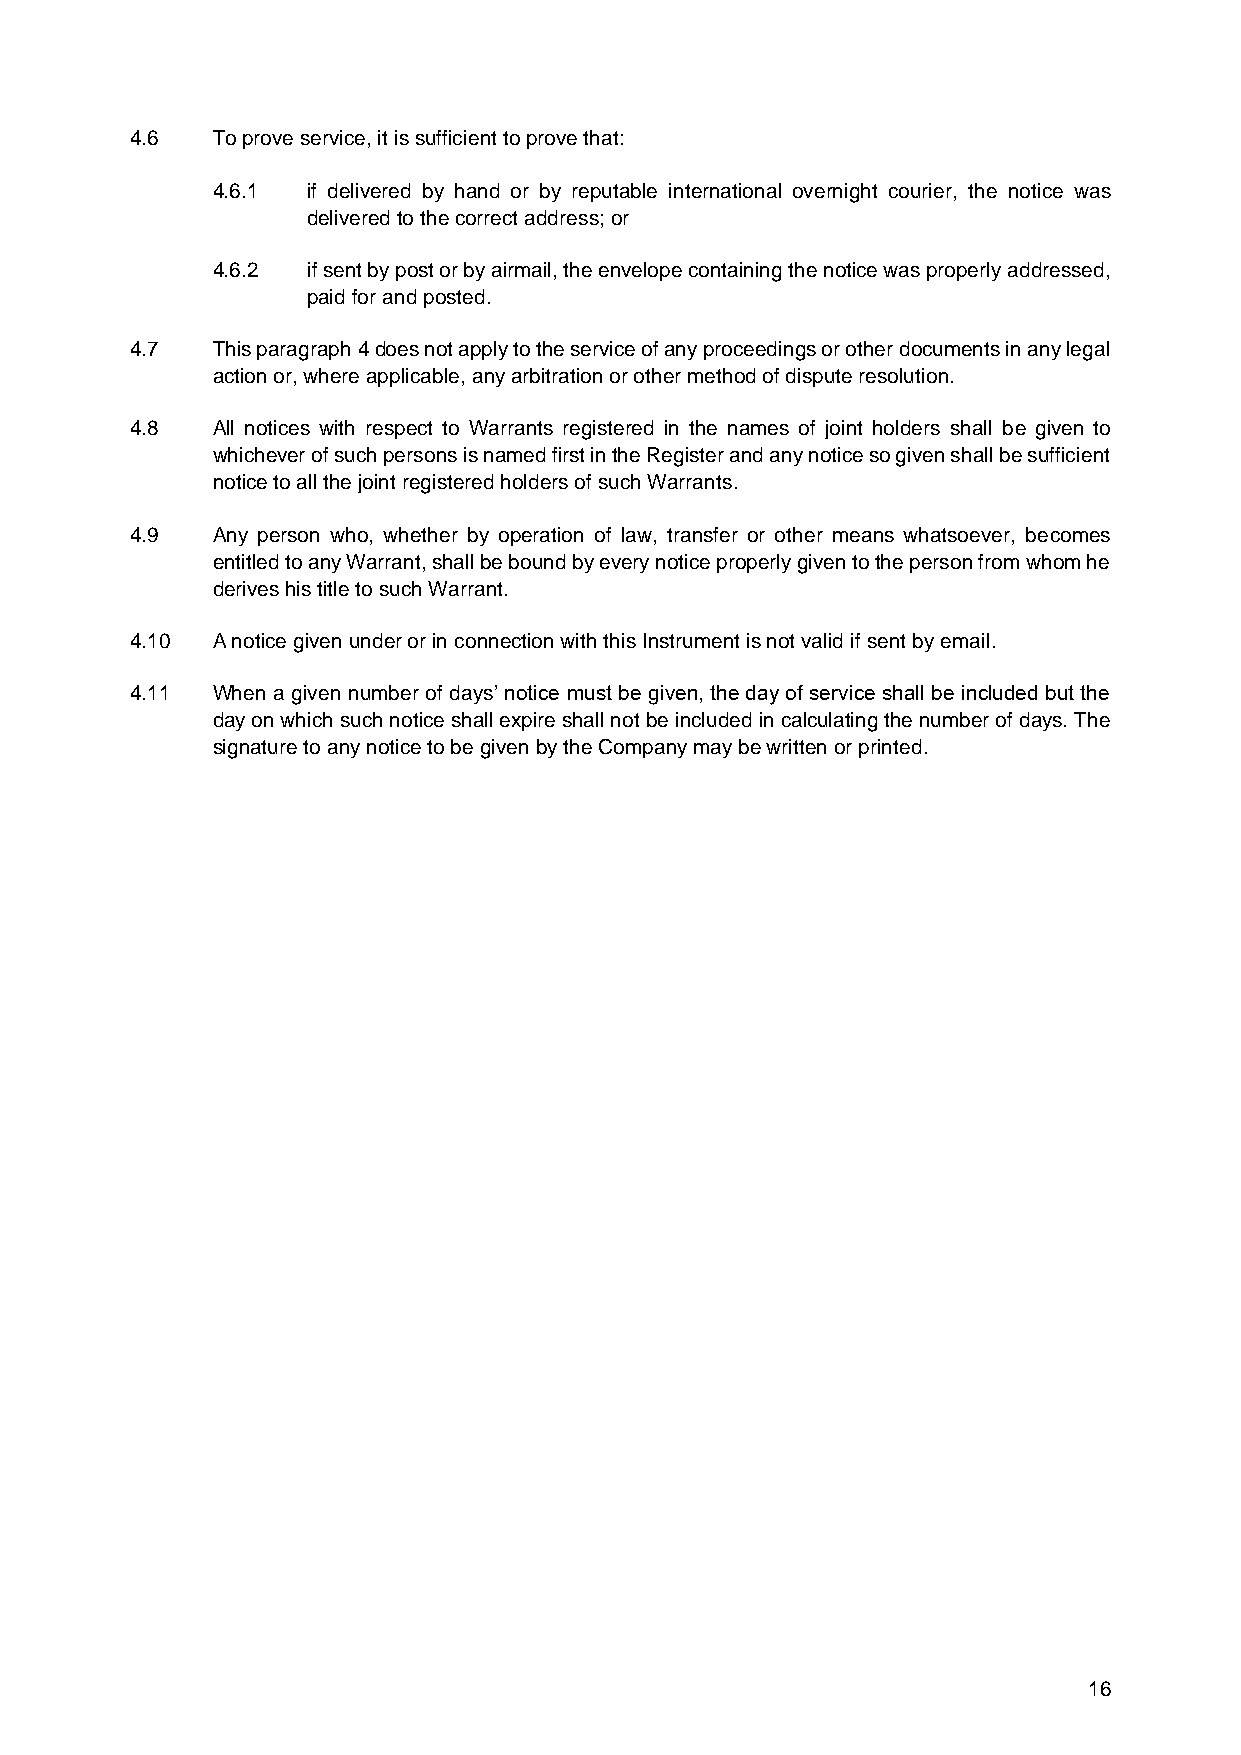
4.6  To prove service, it is sufficient to prove that:
 4.6.1 if delivered by hand or by reputable international overnight courier, the notice was
 delivered to the correct address; or
 4.6.2 if sent by post or by airmail, the envelope containing the notice was properly addressed,
 paid for and posted.
 4.7  This paragraph 4 does not apply to the service of any proceedings or other documents in any legal
 action or, where applicable, any arbitration or other method of dispute resolution.
 4.8  All notices with respect to Warrants registered in the names of joint holders shall be given to
 whichever of such persons is named first in the Register and any notice so given shall be sufficient
 notice to all the joint registered holders of such Warrants.
 4.9  Any person who, whether by operation of law, transfer or other means whatsoever, becomes
 entitled to any Warrant, shall be bound by every notice properly given to the person from whom he
 derives his title to such Warrant.
 4.10 A notice given under or in connection with this Instrument is not valid if sent by email.
 4.11 When a given number of days’ notice must be given, the day of service shall be included but the
 day on which such notice shall expire shall not be included in calculating the number of days. The
 signature to any notice to be given by the Company may be written or printed.
 16